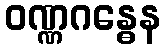
ဝဏ္ဏဂန္ဓေန